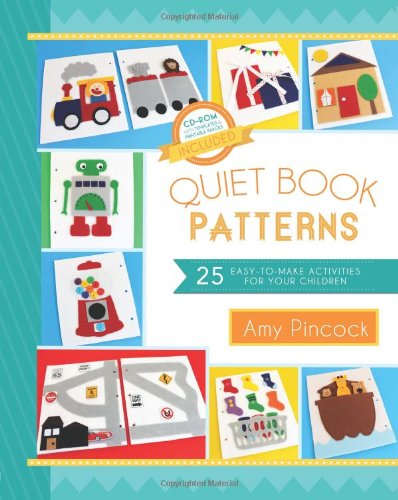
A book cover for Quiet Book Patterns: 25 Easy-to-Make Activities for Your Children; Amy Pincock; Crafts, Hobbies & Home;